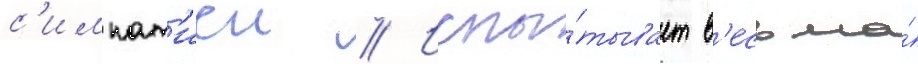
с'импат'иеи // Испы́тывает в'есьма́